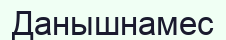
Данышнамес